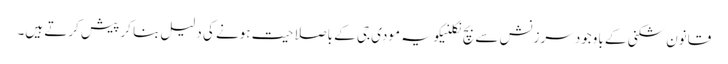
قانون شکنی کے باوجود سرزنش سے بچ نکلنیکو یہ مودی جی کے باصلاحیت ہونے کی دلیل بنا کر پیش کرتے ہیں۔